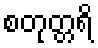
စတုတ္တရိ